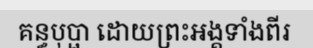
គន្ធបុប្ផា ដោយព្រះអង្គទាំងពីរ